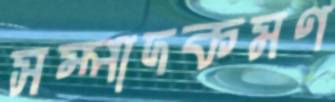
সম্পাদকমণ